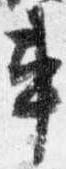
車